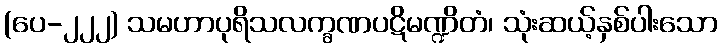
(ပေ-၂၂၂) သမဟာပုရိသလက္ခဏပဋိမဏ္ဍိတံ၊ သုံးဆယ့်နှစ်ပါးသော